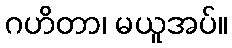
ဂဟိတာ၊ မယူအပ်။